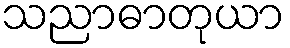
သညာဓာတုယာ